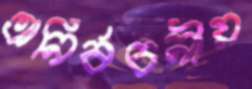
অনির্বচনীয়